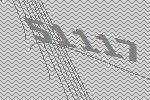
51117